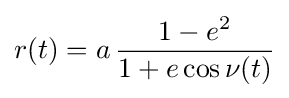
r(t)=a\,{1-e^{2} \over 1+e\cos \nu (t)}\,\!